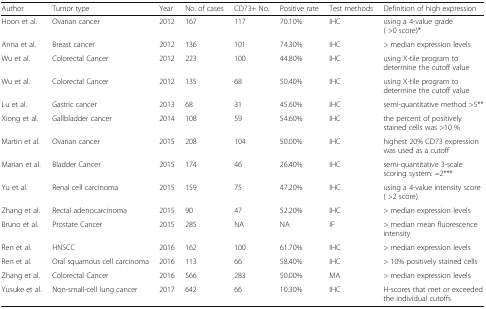
<table><thead><tr><td><b>Author</b></td><td><b>Tumor type</b></td><td><b>Year</b></td><td><b>No. of cases</b></td><td><b>CD73+ No.</b></td><td><b>Positive rate</b></td><td><b>Test methods</b></td><td><b>Definition of high expression</b></td></tr></thead><tbody><tr><td>Hoon et al.</td><td>Ovarian cancer</td><td>2012</td><td>167</td><td>117</td><td>70.10%</td><td>IHC</td><td>using a 4-value grade ( &gt;0 score)*</td></tr><tr><td>Anna et al.</td><td>Breast cancer</td><td>2012</td><td>136</td><td>101</td><td>74.30%</td><td>IHC</td><td>&gt; median expression levels</td></tr><tr><td>Wu et al.</td><td>Colorectal Cancer</td><td>2012</td><td>223</td><td>100</td><td>44.80%</td><td>IHC</td><td>using X-tile program to determine the cutoff value</td></tr><tr><td>Wu et al.</td><td>Colorectal Cancer</td><td>2012</td><td>135</td><td>68</td><td>50.40%</td><td>IHC</td><td>using X-tile program to determine the cutoff value</td></tr><tr><td>Lu et al.</td><td>Gastric cancer</td><td>2013</td><td>68</td><td>31</td><td>45.60%</td><td>IHC</td><td>semi-quantitative method &gt;5**</td></tr><tr><td>Xiong et al.</td><td>Gallbladder cancer</td><td>2014</td><td>108</td><td>59</td><td>54.60%</td><td>IHC</td><td>the percent of positively stained cells was &gt;10 %</td></tr><tr><td>Martin et al.</td><td>Ovarian cancer</td><td>2015</td><td>208</td><td>104</td><td>50.00%</td><td>IHC</td><td>highest 20% CD73 expression was used as a cutoff</td></tr><tr><td>Marian et al.</td><td>Bladder Cancer</td><td>2015</td><td>174</td><td>46</td><td>26.40%</td><td>IHC</td><td>semi-quantitative 3-scale scoring system: =2***</td></tr><tr><td>Yu et al.</td><td>Renal cell carcinoma</td><td>2015</td><td>159</td><td>75</td><td>47.20%</td><td>IHC</td><td>using a 4-value intensity score ( &gt;2 score)</td></tr><tr><td>Zhang et al.</td><td>Rectal adenocarcinoma</td><td>2015</td><td>90</td><td>47</td><td>52.20%</td><td>IHC</td><td>&gt; median expression levels</td></tr><tr><td>Bruno et al.</td><td>Prostate Cancer</td><td>2015</td><td>285</td><td>NA</td><td>NA</td><td>IF</td><td>&gt; median mean fluorescence intensity</td></tr><tr><td>Ren et al.</td><td>HNSCC</td><td>2016</td><td>162</td><td>100</td><td>61.70%</td><td>IHC</td><td>&gt; median expression levels</td></tr><tr><td>Ren et al.</td><td>Oral squamous cell carcinoma</td><td>2016</td><td>113</td><td>66</td><td>58.40%</td><td>IHC</td><td>&gt; 10% positively stained cells</td></tr><tr><td>Zhang et al.</td><td>Colorectal Cancer</td><td>2016</td><td>566</td><td>283</td><td>50.00%</td><td>MA</td><td>&gt; median expression levels</td></tr><tr><td>Yusuke et al.</td><td>Non-small-cell lung cancer</td><td>2017</td><td>642</td><td>66</td><td>10.30%</td><td>IHC</td><td>H-scores that met or exceeded the individual cutoffs</td></tr></tbody></table>